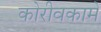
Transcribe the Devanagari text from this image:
कोरीवकामे